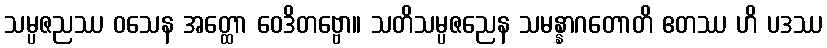
သမ္ပဇညဿ ဝသေန အတ္ထော ဝေဒိတဗ္ဗော။ သတိသမ္ပဇညေန သမန္နာဂတောတိ ဧတဿ ဟိ ပဒဿ